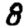
Digit: 8